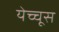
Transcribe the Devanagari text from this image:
येच्चूस